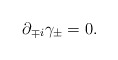
\begin{align*}\partial_{\mp i} \gamma_\pm = 0. \end{align*}